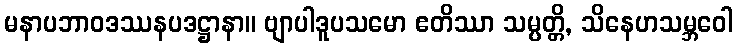
မနာပဘာဝဒဿနပဒဋ္ဌာနာ။ ဗျာပါဒူပသမော ဧတိဿာ သမ္ပတ္တိ, သိနေဟသမ္ဘဝေါ